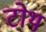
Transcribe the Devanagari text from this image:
टोथ